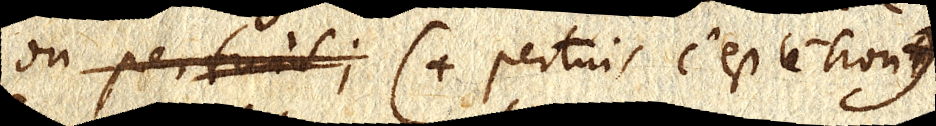
on pertuit; (+ pertuis c’est le trou)